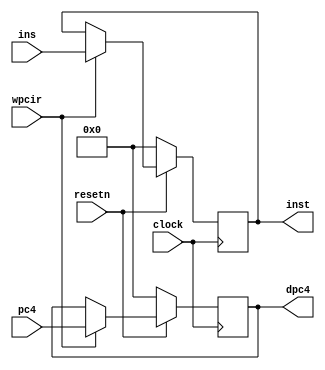
module pipefdreg (	pc4, ins, wpcir, clock, resetn, dpc4, inst ); 
	input [31:0]	pc4, ins;
	input wpcir, clock, resetn;
	output reg [31:0]	dpc4,inst;
	
	always @ (posedge clock)
	begin
		if(~resetn)
		begin
			dpc4 <= 0;
			inst <= 0;
		end
		else
		begin
			if(wpcir)
			begin
				dpc4 <= pc4;
				inst <= ins;
			end
		end
	end

endmodule